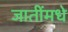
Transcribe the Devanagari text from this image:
जातींमधे